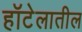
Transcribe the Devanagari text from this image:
हॉटेलातील